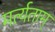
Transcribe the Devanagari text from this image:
मर्त्यताम्